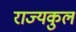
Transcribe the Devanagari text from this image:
राज्यकुल